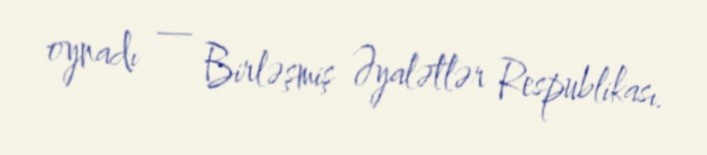
oynadı — Birləşmiş Əyalətlər Respublikası.